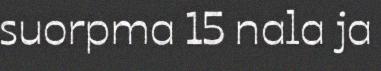
suorpma 15 nala ja